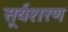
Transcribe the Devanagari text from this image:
सूर्यशरण